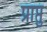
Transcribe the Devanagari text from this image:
प्राप्तुं